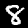
Label: 8